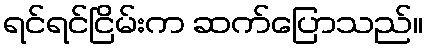
ရင်ရင်ငြိမ်းက ဆက်ပြောသည်။